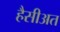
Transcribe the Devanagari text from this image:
हैसीअत